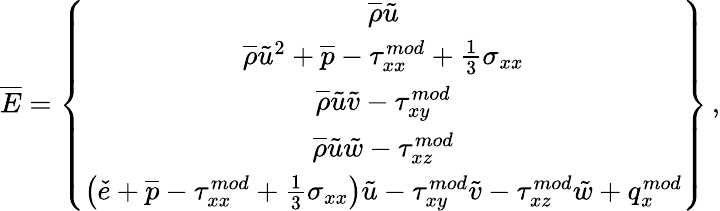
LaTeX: \overline{{E}}=\left\{ \begin{array}{c}{\overline{{\rho}}\tilde{u}}\\ {\overline{{\rho}}\tilde{u}^{2}+\overline{{p}}-{\tau}_{xx}^{mod}+\frac{1}{3}\sigma_{xx}}\\ {\overline{{\rho}}\tilde{u}\tilde{v}-{\tau}_{xy}^{mod}}\\ {\overline{{\rho}}\tilde{u}\tilde{w}-{\tau}_{xz}^{mod}}\\ {\left(\check{e}+\overline{{p}}-{\tau}_{xx}^{mod}+\frac{1}{3}\sigma_{xx}\right)\tilde{u}-{\tau}_{xy}^{mod}\tilde{v}-{\tau}_{xz}^{mod}\tilde{w}+q_{x}^{mod}}\end{array}\right\} \, \mathrm{,}